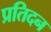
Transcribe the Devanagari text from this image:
प्रतिदन